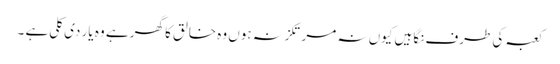
کعبہ کی طرف نگاہیں کیوں نہ مرتکز نہ ہوں وہ خالق کا گھر ہے وہ یار دی کلی ہے ۔